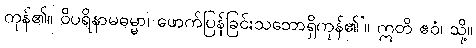
ကုန်၏။ ဝိပရိနာမဓမ္မာ၊ ဖောက်ပြန်ခြင်းသဘောရှိကုန်၏’။ ဣတိ ဧဝံ၊ သို့။